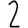
Digit: 2